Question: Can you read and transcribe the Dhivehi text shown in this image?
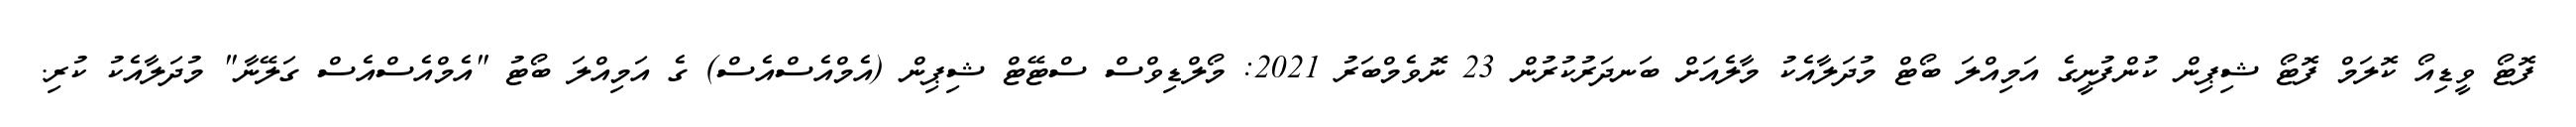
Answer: ފޮޓޯ ވީޑިއޯ ކޮލަމް ފޮޓޯ ޝިޕިން ކުންފުނީގެ އަމިއްލަ ބޯޓް މުދަލާއެކު މާލެއަށް ބަނދަރުކުރުން 23 ނޮވެމްބަރު 2021: މޯލްޑިވްސް ސްޓޭޓް ޝިޕިން (އެމްއެސްއެސް) ގެ އަމިއްލަ ބޯޓު "އެމްއެސްއެސް ގަލޭނާ" މުދަލާއެކު ކުރި.